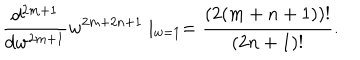
{ \frac { d ^ { 2 m + 1 } } { d w ^ { 2 m + 1 } } } w ^ { 2 m + 2 n + 1 } \mid _ { w = 1 } = { \frac { ( 2 ( m + n + 1 ) ) ! } { ( 2 n + 1 ) ! } } .